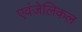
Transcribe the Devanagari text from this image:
एवंजेलिकल